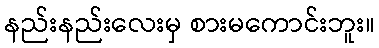
နည်းနည်းလေးမှ စားမကောင်းဘူး။